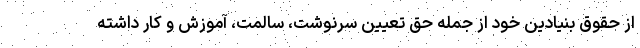
از حقوق بنیادین خود از جمله حق تعیین سرنوشت، سالمت، آموزش و کار داشته